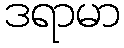
ဒရာမာ